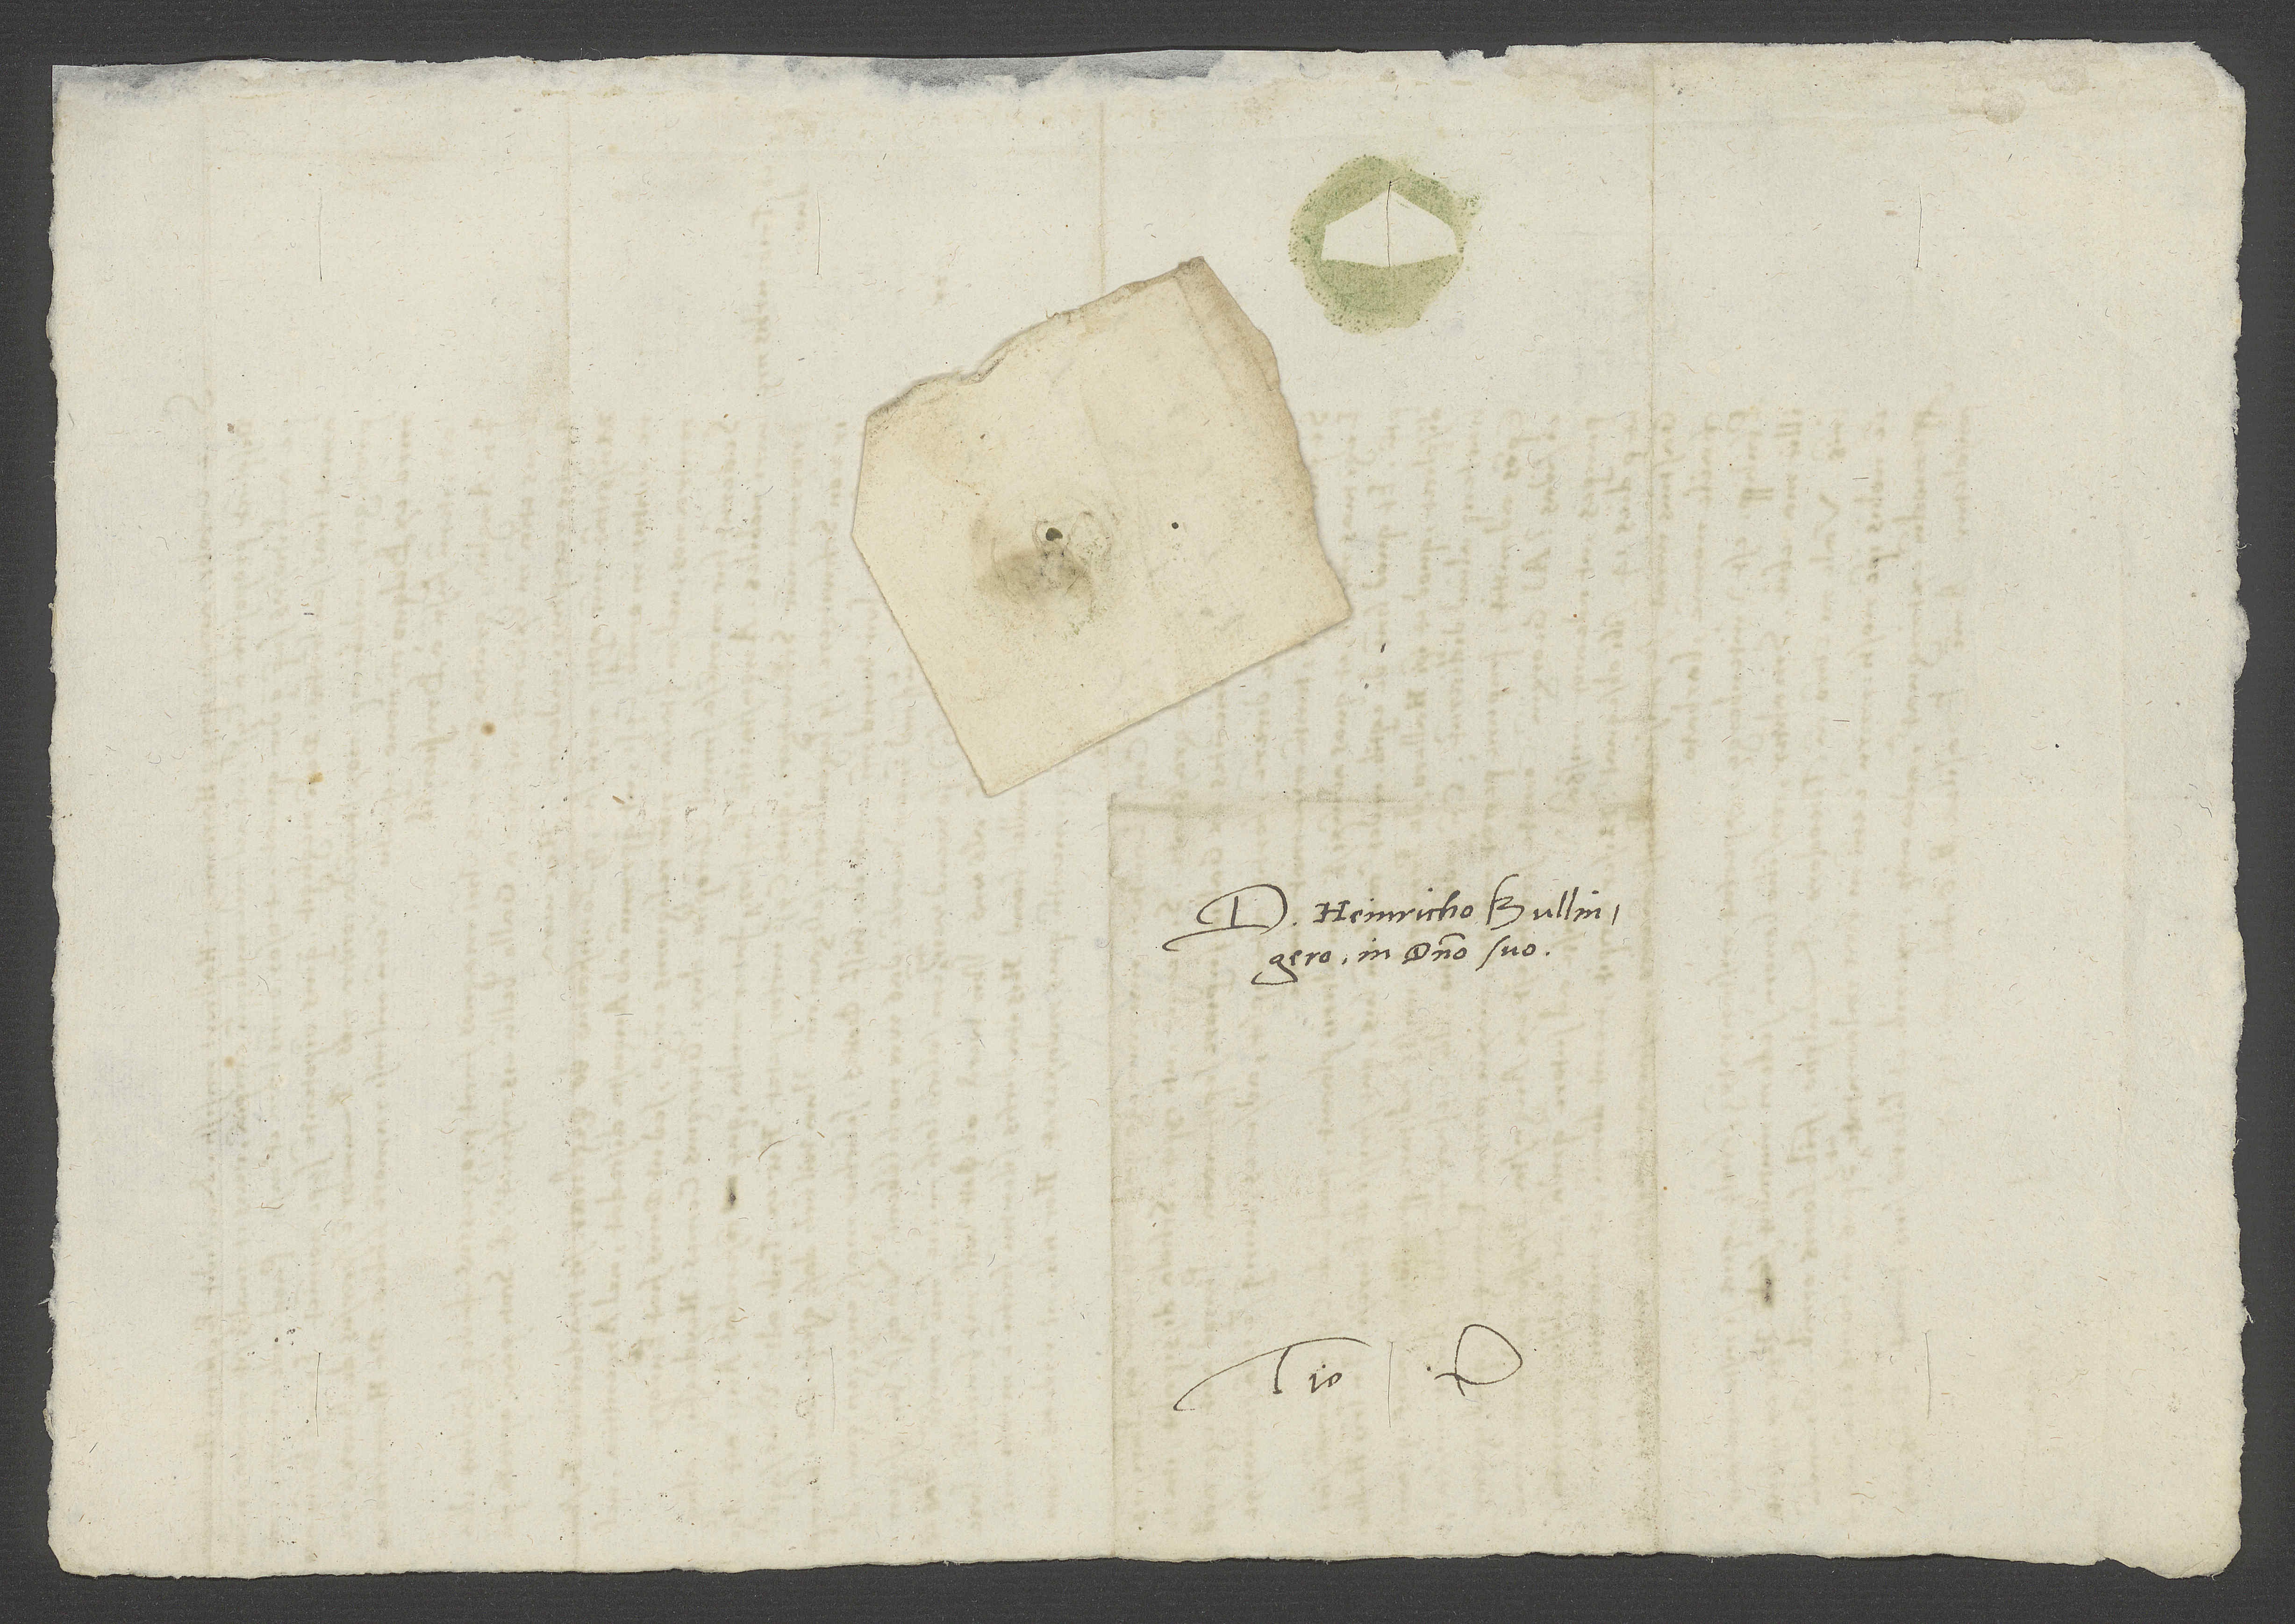
D. Heinricho Bullingero
in domino suo.
Tuus